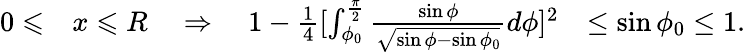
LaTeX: \begin{array}{rlr}{0\leqslant}&{{}x\leqslant R\quad\Rightarrow\quad 1-\frac{1}{4}[\int_{\phi_{0}}^{\frac{\pi}{2}}\frac{\sin\phi}{\sqrt{\sin\phi-\sin\phi_{0}}}d\phi]^{2}}&{\leq\sin\phi_{0}\leq 1.}\end{array}